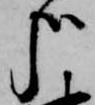
哉